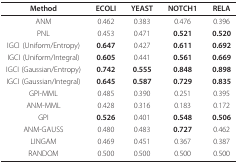
<table><thead><tr><td><b>Method</b></td><td><b>ECOLI</b></td><td><b>YEAST</b></td><td><b>NOTCH1</b></td><td><b>RELA</b></td></tr></thead><tbody><tr><td>ANM</td><td>0.462</td><td>0.383</td><td>0.476</td><td>0.396</td></tr><tr><td>PNL</td><td>0.453</td><td>0.471</td><td><b>0.521</b></td><td><b>0.520</b></td></tr><tr><td>IGCI (Uniform/Entropy)</td><td><b>0.647</b></td><td>0.427</td><td><b>0.611</b></td><td><b>0.692</b></td></tr><tr><td>IGCI (Uniform/Integral)</td><td><b>0.605</b></td><td>0.441</td><td><b>0.561</b></td><td><b>0.669</b></td></tr><tr><td>IGCI (Gaussian/Entropy)</td><td><b>0.742</b></td><td><b>0.555</b></td><td><b>0.848</b></td><td><b>0.898</b></td></tr><tr><td>IGCI (Gaussian/Integral)</td><td><b>0.645</b></td><td><b>0.587</b></td><td><b>0.729</b></td><td><b>0.835</b></td></tr><tr><td>GPI-MML</td><td>0.485</td><td>0.390</td><td>0.251</td><td>0.395</td></tr><tr><td>ANM-MML</td><td>0.428</td><td>0.316</td><td>0.183</td><td>0.172</td></tr><tr><td>GPI</td><td><b>0.526</b></td><td>0.401</td><td><b>0.548</b></td><td><b>0.506</b></td></tr><tr><td>ANM-GAUSS</td><td>0.480</td><td>0.483</td><td><b>0.727</b></td><td>0.462</td></tr><tr><td>LINGAM</td><td>0.469</td><td>0.451</td><td>0.367</td><td>0.387</td></tr><tr><td>RANDOM</td><td>0.500</td><td>0.500</td><td>0.500</td><td>0.500</td></tr></tbody></table>